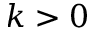
k > 0